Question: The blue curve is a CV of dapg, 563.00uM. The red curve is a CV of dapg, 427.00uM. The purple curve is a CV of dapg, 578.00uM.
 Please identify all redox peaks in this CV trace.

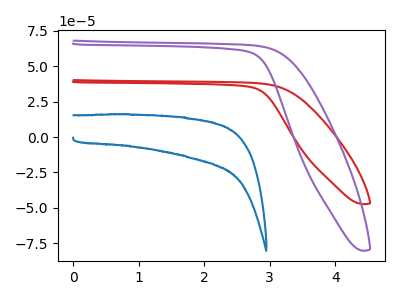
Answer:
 <answer>The blue curve "dapg, 563.00uM" has no peaks. The red curve "dapg, 427.00uM" has no peaks. The purple curve "dapg, 578.00uM" has no peaks.</answer>
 <eval></eval>